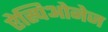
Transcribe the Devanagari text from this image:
ऐस्पिओनेज